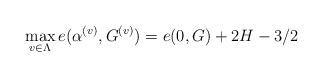
LaTeX: \begin{align*} \max_{v\in\Lambda} e(\alpha^{(v)}, G^{(v)})=e(0, G)+2H-3/2\end{align*}